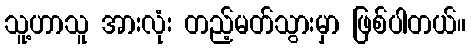
သူ့ဟာသူ အားလုံး တည့်မတ်သွားမှာ ဖြစ်ပါတယ်။